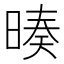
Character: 𣉅